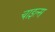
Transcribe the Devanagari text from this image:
चाइल्स